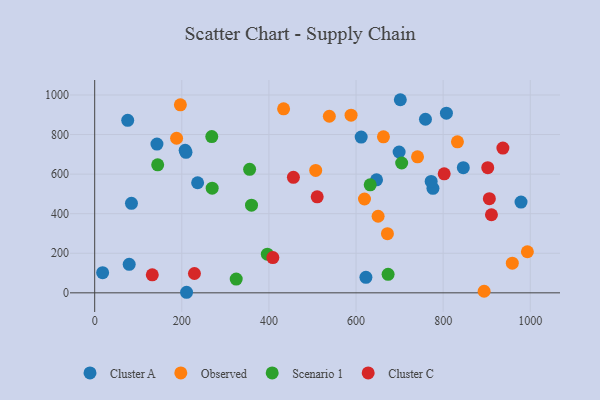
{"axis": {"x": "Distance", "y": "Yield"}, "legend": ["Cluster A", "Cluster C", "Observed", "Scenario 1"], "data": [{"x": "846.3", "y": 632.7, "type": "Cluster A"}, {"x": "75.8", "y": 872.0, "type": "Cluster A"}, {"x": "978.8", "y": 458.7, "type": "Cluster A"}, {"x": "18.2", "y": 101.9, "type": "Cluster A"}, {"x": "622.7", "y": 78.4, "type": "Cluster A"}, {"x": "236.3", "y": 556.3, "type": "Cluster A"}, {"x": "776.6", "y": 528.3, "type": "Cluster A"}, {"x": "207.7", "y": 720.7, "type": "Cluster A"}, {"x": "210.9", "y": 2.8, "type": "Cluster A"}, {"x": "807.5", "y": 907.9, "type": "Cluster A"}, {"x": "142.9", "y": 752.0, "type": "Cluster A"}, {"x": "701.7", "y": 976.0, "type": "Cluster A"}, {"x": "759.4", "y": 877.3, "type": "Cluster A"}, {"x": "611.8", "y": 787.0, "type": "Cluster A"}, {"x": "698.9", "y": 711.7, "type": "Cluster A"}, {"x": "772.5", "y": 563.3, "type": "Cluster A"}, {"x": "84.4", "y": 452.4, "type": "Cluster A"}, {"x": "647.1", "y": 571.0, "type": "Cluster A"}, {"x": "79.2", "y": 144.0, "type": "Cluster A"}, {"x": "209.6", "y": 710.2, "type": "Cluster A"}, {"x": "588.6", "y": 897.8, "type": "Observed"}, {"x": "188.0", "y": 781.3, "type": "Observed"}, {"x": "958.8", "y": 149.7, "type": "Observed"}, {"x": "993.4", "y": 207.7, "type": "Observed"}, {"x": "507.4", "y": 618.9, "type": "Observed"}, {"x": "433.7", "y": 930.2, "type": "Observed"}, {"x": "196.7", "y": 950.4, "type": "Observed"}, {"x": "741.2", "y": 687.3, "type": "Observed"}, {"x": "538.7", "y": 892.4, "type": "Observed"}, {"x": "832.8", "y": 763.1, "type": "Observed"}, {"x": "619.4", "y": 474.3, "type": "Observed"}, {"x": "894.1", "y": 8.1, "type": "Observed"}, {"x": "650.7", "y": 387.0, "type": "Observed"}, {"x": "662.9", "y": 788.5, "type": "Observed"}, {"x": "672.1", "y": 299.2, "type": "Observed"}, {"x": "355.7", "y": 624.0, "type": "Scenario 1"}, {"x": "704.8", "y": 656.1, "type": "Scenario 1"}, {"x": "632.5", "y": 545.8, "type": "Scenario 1"}, {"x": "144.6", "y": 646.8, "type": "Scenario 1"}, {"x": "268.8", "y": 789.6, "type": "Scenario 1"}, {"x": "269.7", "y": 529.0, "type": "Scenario 1"}, {"x": "396.4", "y": 195.2, "type": "Scenario 1"}, {"x": "673.6", "y": 93.3, "type": "Scenario 1"}, {"x": "360.0", "y": 443.2, "type": "Scenario 1"}, {"x": "324.9", "y": 69.5, "type": "Scenario 1"}, {"x": "937.2", "y": 731.8, "type": "Cluster C"}, {"x": "132.2", "y": 91.2, "type": "Cluster C"}, {"x": "910.9", "y": 394.7, "type": "Cluster C"}, {"x": "510.8", "y": 485.1, "type": "Cluster C"}, {"x": "229.0", "y": 97.6, "type": "Cluster C"}, {"x": "906.1", "y": 476.0, "type": "Cluster C"}, {"x": "902.4", "y": 632.4, "type": "Cluster C"}, {"x": "456.2", "y": 583.6, "type": "Cluster C"}, {"x": "802.4", "y": 601.7, "type": "Cluster C"}, {"x": "409.0", "y": 178.1, "type": "Cluster C"}]}